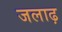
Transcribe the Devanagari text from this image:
जलाढ़